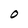
Character: 0